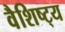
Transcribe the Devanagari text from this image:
वैशिष्ट्‍य